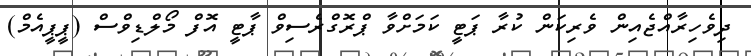
ދިވެހިރާއްޖެއިން ވެރިކަން ކުރާ ޕަޓީ ކަމަށްވާ ޕްރޮގްރެސިވް ޕާޓީ އޮފް މޯލްޑިވްސް (ޕީޕީއެމް)